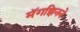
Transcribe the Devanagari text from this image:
मॅगझिनने